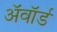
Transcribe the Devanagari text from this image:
अॅवॉर्ड